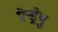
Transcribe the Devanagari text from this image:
ऐन्ड्रेयु